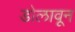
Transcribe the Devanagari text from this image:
डोलावून